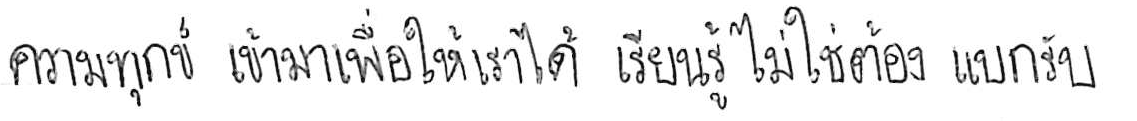
ความทุกข์ เข้ามาเพื่อให้เราได้ เรียนรู้ ไม่ใช่ต้อง แบกรับ